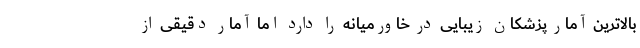
بالاترین آمار پزشکان زیبایی در خاورمیانه را دارد اما آمار دقیقی از